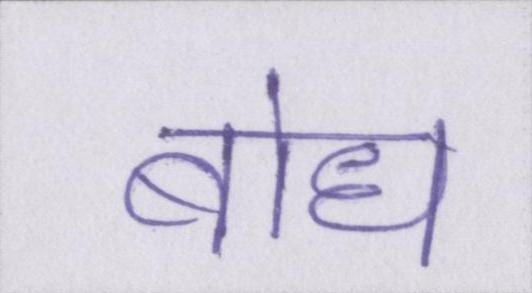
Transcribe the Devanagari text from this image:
बोध